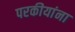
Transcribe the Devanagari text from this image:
परकीयांना